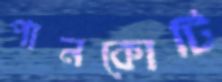
পানকোটি